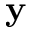
\mathbf { y }